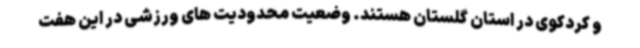
و کردکوی در استان گلستان هستند. وضعیت محدودیت های ورزشی در این هفت